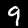
Label: 9